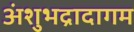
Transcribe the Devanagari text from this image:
अंशुभद्रादागम